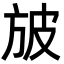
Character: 𣃣